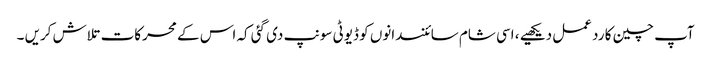
آپ چین کا رد عمل دیکھیے ، اسی شام سائنسدانوں کو ڈیوٹی سونپ دی گئی کہ اس کے محرکات تلاش کریں ۔